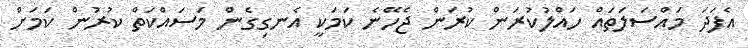
އެފަދަ މައްސަލަތައް ހައްލުކުރަން ކުރަން ޖެހޭނެ ކަމަކީ އެނގިގެން މަސައްކަތް ކުރުން ކަމަށް